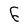
Character: 6